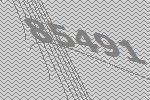
85491